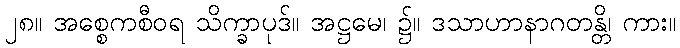
၂၈။ အစ္စေကစီဝရ သိက္ခာပုဒ်။ အဋ္ဌမေ၊ ၌။ ဒသာဟာနာဂတန္တိ၊ ကား။